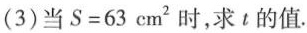
(3)当$$S=63cm^{2}$$时，求t的值.